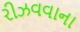
રીઝવવાના